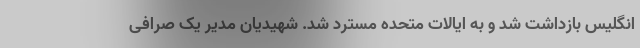
انگلیس بازداشت شد و به ایالات متحده مسترد شد. شهیدیان مدیر یک صرافی